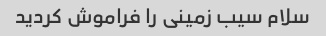
سلام سیب زمینی را فراموش کردید